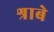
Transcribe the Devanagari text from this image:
श्राबे